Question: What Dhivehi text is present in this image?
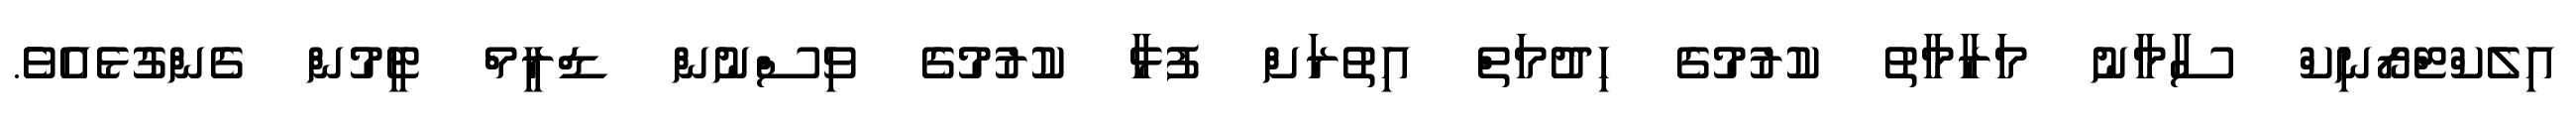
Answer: އިލެކްޓްރޯނިކް ސާމާނު މަރާމާތު ކުރުމުގެ ހިދުމަތް އިތުރަށް ފުޅާ ކުރުމުގެ ވިސްނުން ޑްރީމް ޓީމުން ގެންގުޅެއެވެެ.